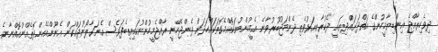
ދިވެހިރާއްޖެ އިންޑިޔާމީހުންގެ އަތްދަށައްދިޔައީ ދެކުރާނީއަޅުވެތި ދެންމަޖުބޫރުވާނެ އެމީހުންބުނަކޮއްމެގޮތަކައްހަދަން ދެންޖެހޭނީ ރާއްޖެމީހުންނުކައިތިބެފަވެސް އެނަގާލޯނުދައްކަން އެނޫންއެހެންދޮތެއްނުއޮއްނާނެ